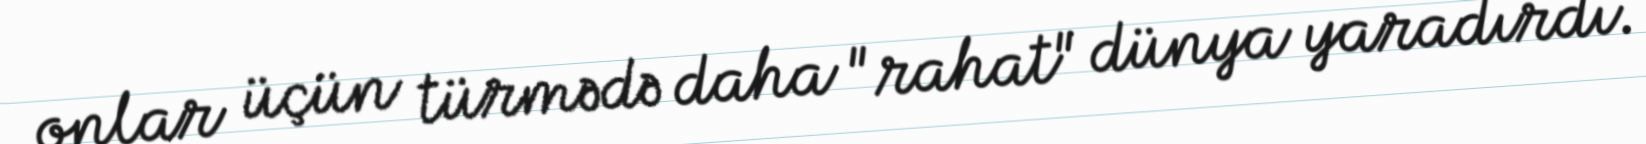
onlar üçün türmədə daha "rahat" dünya yaradırdı.